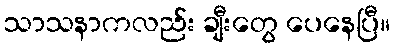
သာသနာကလည်း ချီးတွေ ပေနေပြီ။